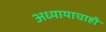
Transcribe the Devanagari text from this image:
अध्यायाचाही